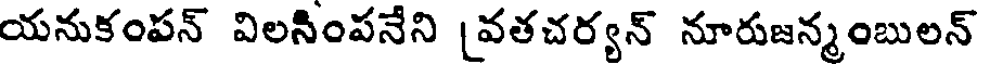
యనుకంపన్ విలనింపనేని [వతచర్యన్ నూరుజన్మంబులన్